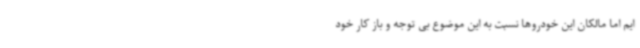
ایم اما مالکان این خودروها نسبت به این موضوع بی توجه و باز کار خود